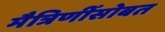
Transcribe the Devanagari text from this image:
मैत्रिणींसोबत